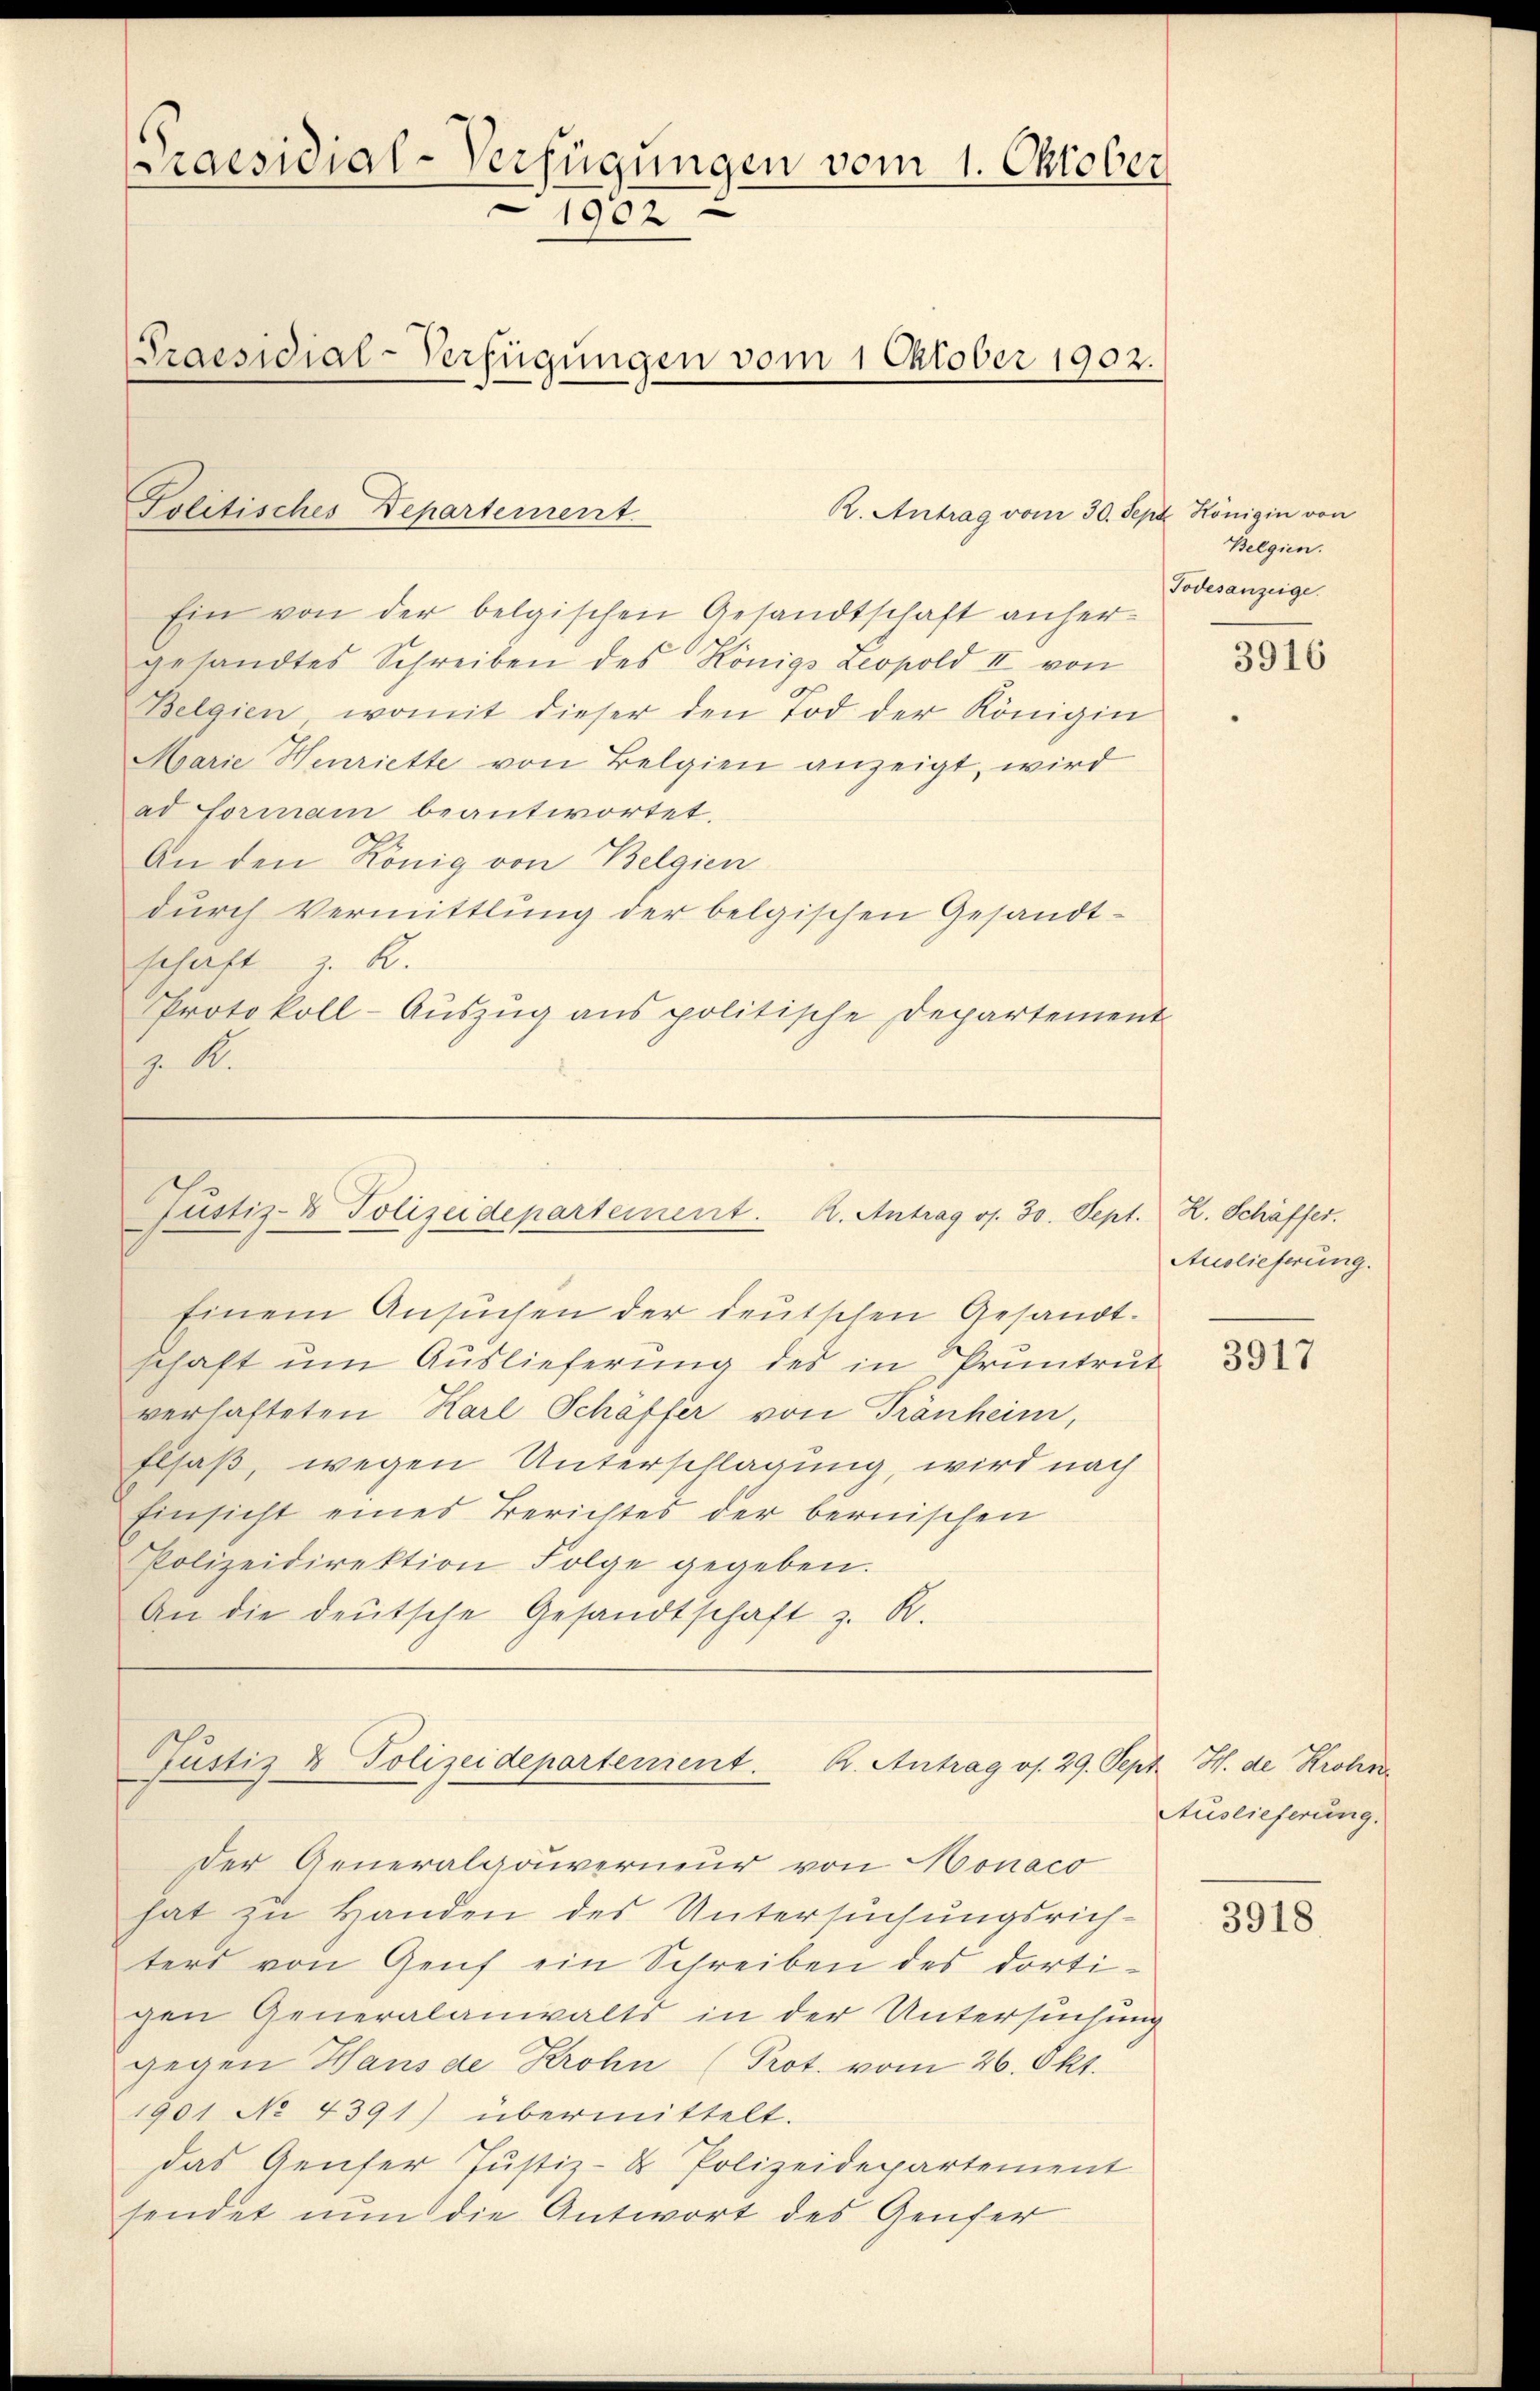
Praesidial-Verfügungen vom 1. Oktober
1902
Praesidial-Verfügungen vom 1 Oktober 1902.

Politisches Departement

R. Antrag vom 30. Sept. Königin von

Ein von der belgischen Gesandtschaft anhergesandtes Schreiben des Königs Leopold II von
Belgien, womit dieser den Tod der Königin
Marie Henriette von Belgien anzeigt, wird
ad Formam beantwortet.
An den König von Belgien
durch Vermittlung der belgischen Gesandtschaft z. R.
Protokoll-Auszug aus politische Departement
z. R.

Justiz- & Polizeidepartement. A. Antrag os. 30. Sept. H. Schäffer.
Einem Ansuchen der deutschen Gesandt-

schaft um Auslieferung des in Pruntrut
verhafteten Karl Schäffer von Tränheim,
Elsaß, wegen Unterschlagung, wird nach
Einsicht eines Berichtes der bernischen
Polizeidirektion Folge gegeben.
An die deutsche Gesandtschaft z. R.

hat zu Handen des Untersuchungsrichters von Genf ein Schreiben des dortigen Generalanwalts in der Untersuchung
gegen Hausae Krohn (Prot. vom 26. Okt.
1901 No 4391) übermittelt.
Das Genfer Justiz- & Polizeidepartement
sendet nun die Antwort des Genfer

Justiz & Polizeidepartement. K. Antrag os. 29. Sept. H. de Krohr
Der Generalgouverneur von Monaco

Belgien.
Todesanzeige.

3916

Auslieferung.

3917

Auslieferung.

3918.